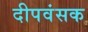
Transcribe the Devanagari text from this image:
दीपवंसक